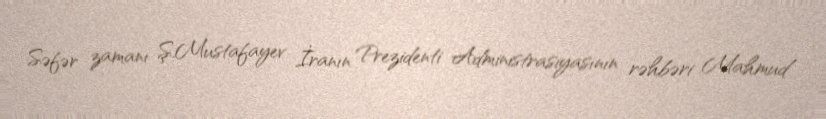
Səfər zamanı Ş.Mustafayev İranın Prezidenti Administrasiyasının rəhbəri Mahmud